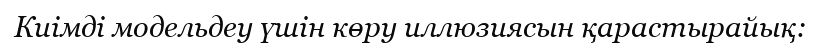
Киімді модельдеу үшін көру иллюзиясын қарастырайық: